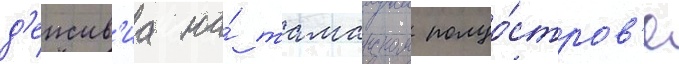
д'еиств'иа на́ таманском полуо́стров'е